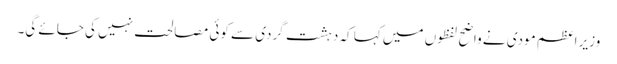
وزیر اعظم مودی نے واضح لفظوں میں کہا کہ دہشت گردی سے کوئی مصالحت نہیں کی جائے گی۔